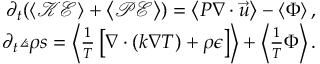
\begin{array} { r } { \partial _ { t } ( \ensuremath { \left\langle \mathcal { K E } \right\rangle } + \ensuremath { \left\langle \mathcal { P E } \right\rangle } ) = \ensuremath { \left\langle P \ensuremath { \nabla } \cdot \vec { u } \right\rangle } - \ensuremath { \left\langle \Phi \right\rangle } , } \\ { \partial _ { t } { \angles { \rho s } } = \ensuremath { \left\langle \frac { 1 } { T } \left[ \ensuremath { \nabla } \cdot ( k \ensuremath { \nabla } T ) + \rho \epsilon \right] \right\rangle } + \ensuremath { \left\langle \frac { 1 } { T } \Phi \right\rangle } . } \end{array}